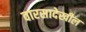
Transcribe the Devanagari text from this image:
वारसादेखील